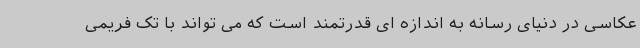
عکاسی در دنیای رسانه به اندازه ای قدرتمند است که می تواند با تک فریمی